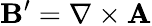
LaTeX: \mathbf{B}^{\prime}=\nabla\times\mathbf{A}